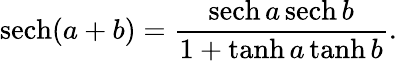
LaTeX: \mathrm{sech}(a+b)=\frac{\mathrm{sech}\, a\, \mathrm{sech}\, b}{1+\operatorname{tanh}a\operatorname{tanh}b}.